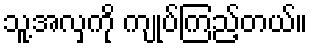
သူ့အလှကို ကျုပ်ကြည့်တယ်။